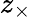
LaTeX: z_{\times}